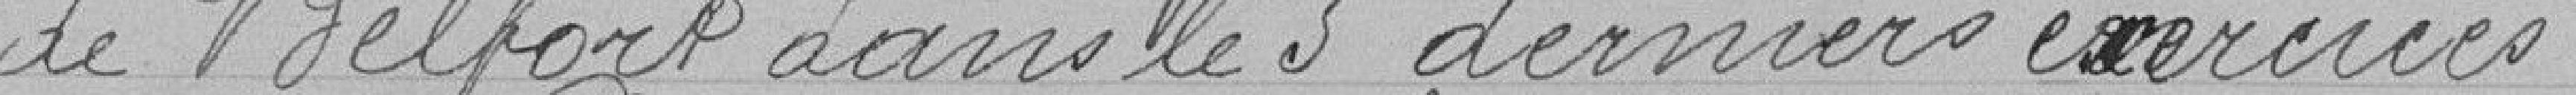
de Belfort dans les 5 derniers exercices.